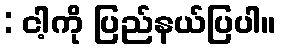
: ငါ့ကို ပြည်နယ်ပြပါ။